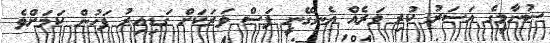
ސުނާމީގެ އަސަރު ކުރި ވަރެއް އެނގޭނީ ފަސް ވަރަކަށް ގަޑިއިރު ފަހުން ކަމަށްވެ